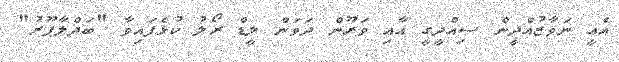
އެއީ ނަވާޒުއްދީން ސިއްދީގީ އާއި ވަރޫން ދަވަން ލީޑް ރޯލު ކުޅެފައިވާ "ބަދްލާޕޫރު"